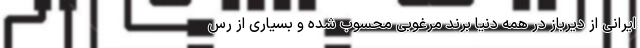
ایرانی از دیرباز در همه دنیا برند مرغوبی محسوب شده و بسیاری از رس